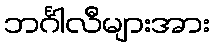
ဘင်္ဂါလီများအား